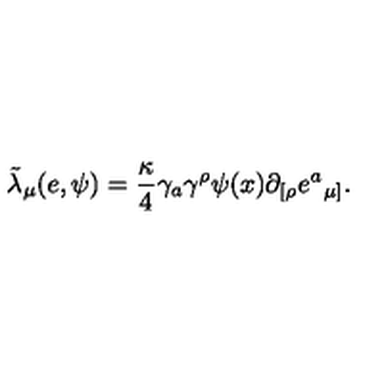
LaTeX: { \tilde { \lambda } } _ { \mu } ( e , \psi ) = { \frac { \kappa } { 4 } } \gamma _ { a } \gamma ^ { \rho } \psi ( x ) \partial _ { [ \rho } e { ^ a } _ { \mu ] } .